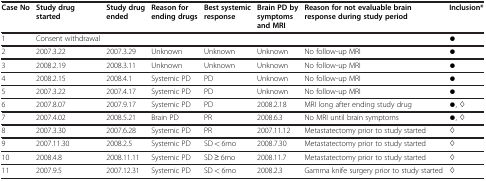
<table><thead><tr><td><b>Case No</b></td><td><b>Study drug started</b></td><td><b>Study drug ended</b></td><td><b>Reason for ending drugs</b></td><td><b>Best systemic response</b></td><td><b>Brain PD by symptoms and MRI</b></td><td><b>Reason for not evaluable brain response during study period</b></td><td><b>Inclusion*</b></td></tr></thead><tbody><tr><td>1</td><td>Consent withdrawal</td><td> </td><td> </td><td> </td><td> </td><td> </td><td>●</td></tr><tr><td>2</td><td>2007.3.22</td><td>2007.3.29</td><td>Unknown</td><td>Unknown</td><td>Unknown</td><td>No follow-up MRI</td><td>●</td></tr><tr><td>3</td><td>2008.2.19</td><td>2008.3.11</td><td>Unknown</td><td>Unknown</td><td>Unknown</td><td>No follow-up MRI</td><td>●</td></tr><tr><td>4</td><td>2008.2.15</td><td>2008.4.1</td><td>Systemic PD</td><td>PD</td><td>Unknown</td><td>No follow-up MRI</td><td>●</td></tr><tr><td>5</td><td>2007.3.22</td><td>2007.4.17</td><td>Systemic PD</td><td>PD</td><td>Unknown</td><td>No follow-up MRI</td><td>●</td></tr><tr><td>6</td><td>2007.8.07</td><td>2007.9.17</td><td>Systemic PD</td><td>PD</td><td>2008.2.18</td><td>MRI long after ending study drug</td><td>●, ◊</td></tr><tr><td>7</td><td>2007.4.02</td><td>2008.5.21</td><td>Brain PD</td><td>PR</td><td>2008.6.3</td><td>No MRI until brain symptoms</td><td>●, ◊</td></tr><tr><td>8</td><td>2007.3.30</td><td>2007.6.28</td><td>Systemic PD</td><td>PR</td><td>2007.11.12</td><td>Metastatectomy prior to study started</td><td>◊</td></tr><tr><td>9</td><td>2007.11.30</td><td>2008.2.5</td><td>Systemic PD</td><td>SD &lt; 6mo</td><td>2008.7.30</td><td>Metastatectomy prior to study started</td><td>◊</td></tr><tr><td>10</td><td>2008.4.8</td><td>2008.11.11</td><td>Systemic PD</td><td>SD ≥ 6mo</td><td>2008.11.7</td><td>Metastatectomy prior to study started</td><td>◊</td></tr><tr><td>11</td><td>2007.9.5</td><td>2007.12.31</td><td>Systemic PD</td><td>SD &lt; 6mo</td><td>2008.2.3</td><td>Gamma knife surgery prior to study started</td><td>◊</td></tr></tbody></table>